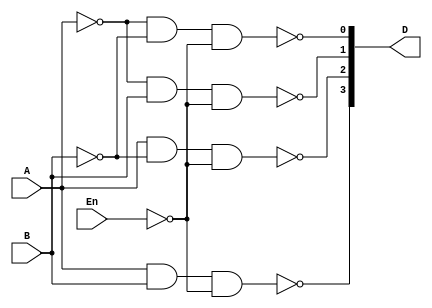
`timescale 1ns / 1ps
//////////////////////////////////////////////////////////////////////////////////
// Company: 
// Engineer: 
// 
// Design Name: 
// Module Name: Decoder_4_to_1
// Project Name: 
// Target Devices: 
// Tool Versions: 
// Description: 
// 
// Dependencies: 
// 
// Revision:
// Revision 0.01 - File Created
// Additional Comments:
// 
//////////////////////////////////////////////////////////////////////////////////


module Decoder_4_to_1( 
            input En,
            input A,
            input B,
            output [3:0] D);
// Logic
assign D[0] = ~(~A & ~B & ~ En);
assign D[1] = ~(~A & B & ~ En);
assign D[2] = ~(A & ~B & ~ En);
assign D[3] = ~(A & B & ~ En);


endmodule